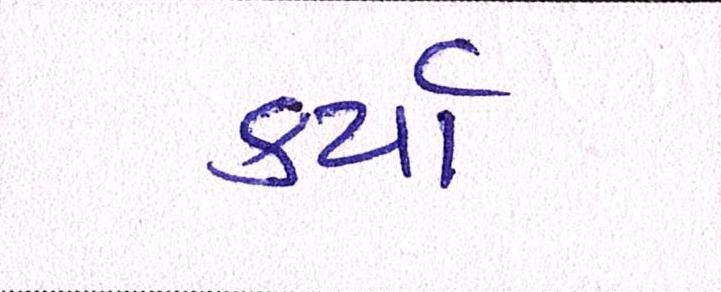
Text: કર્યા